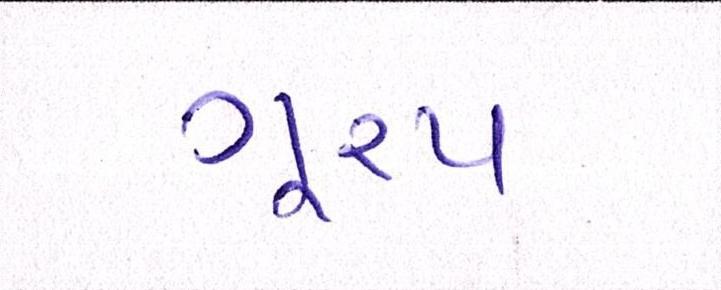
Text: ગૂ્રપ